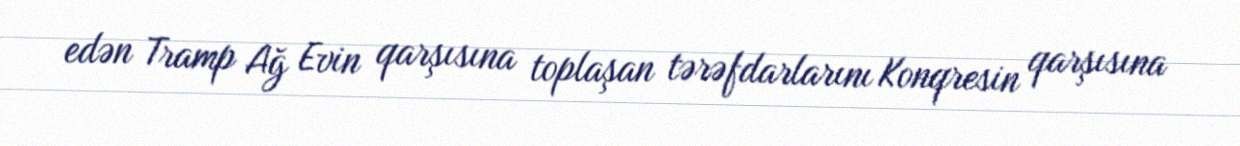
edən Tramp Ağ Evin qarşısına toplaşan tərəfdarlarını Konqresin qarşısına